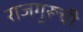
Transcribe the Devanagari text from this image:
राजगुरूची